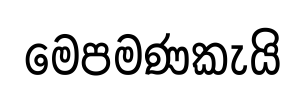
මෙපමණකැයි